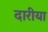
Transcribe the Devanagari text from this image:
दारीया